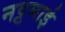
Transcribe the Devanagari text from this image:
नट्टमाई